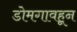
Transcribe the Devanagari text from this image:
डोमगावहून